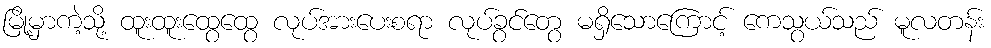
မြို့မှာကဲ့သို့ ထူးထူးထွေထွေ လုပ်အားပေးစရာ လုပ်ခွင်တွေ မရှိသောကြောင့် ကေသွယ်သည် မူလတန်း